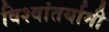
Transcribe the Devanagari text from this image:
विश्वांतर्यामी